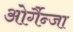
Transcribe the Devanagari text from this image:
ओर्गैन्जा